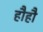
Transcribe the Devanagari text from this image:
हौहौ